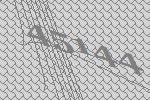
45144